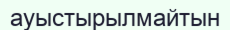
ауыстырылмайтын